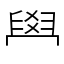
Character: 𦥯